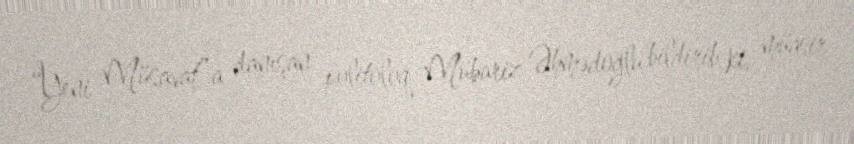
“Yeni Müsavat”a danışan politoloq Mübariz Əhmədoğlu bildirib ki, müasir